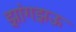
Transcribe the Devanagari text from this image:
झांगझऊ